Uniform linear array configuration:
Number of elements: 8
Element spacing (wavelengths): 0.75
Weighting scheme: hamming
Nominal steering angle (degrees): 45
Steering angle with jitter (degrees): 45.167
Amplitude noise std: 0.05
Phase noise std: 0.05

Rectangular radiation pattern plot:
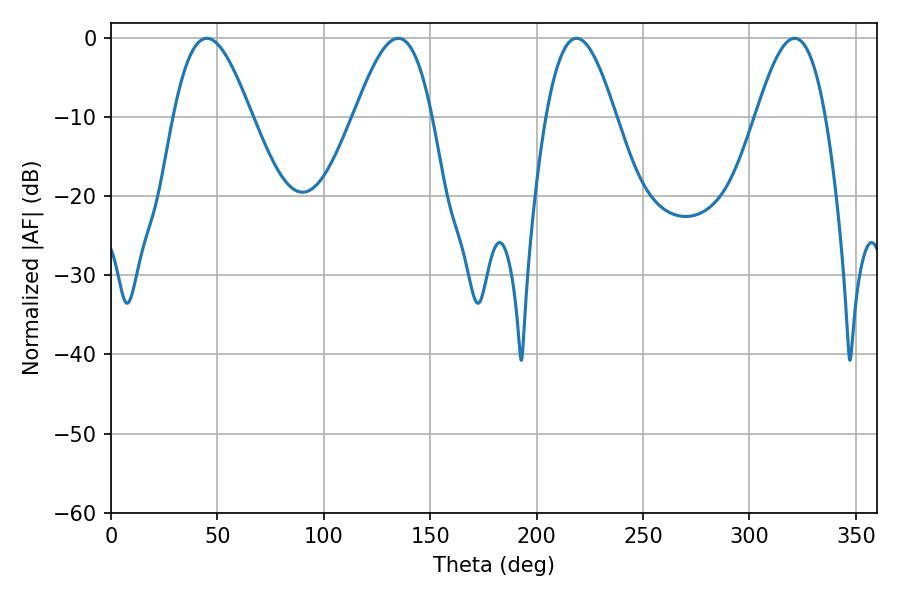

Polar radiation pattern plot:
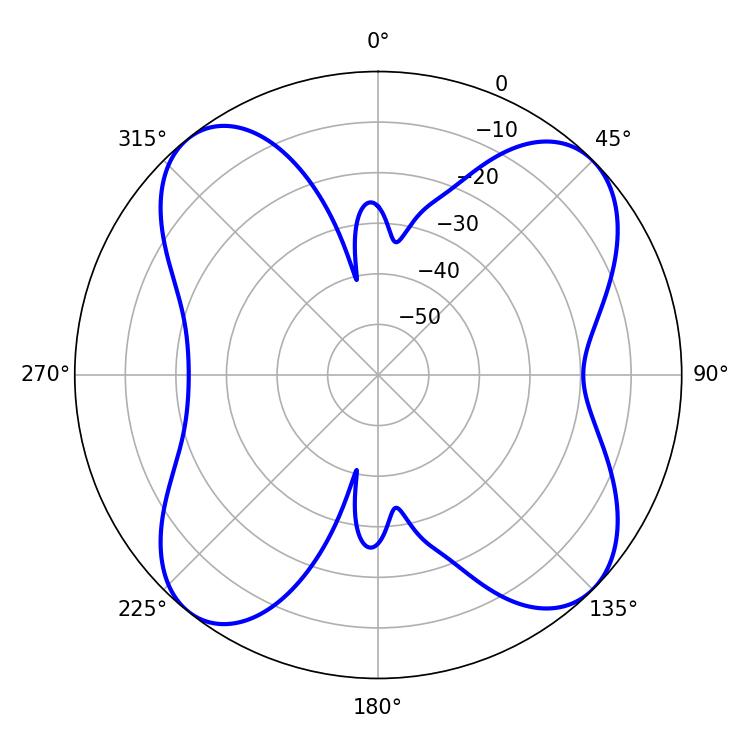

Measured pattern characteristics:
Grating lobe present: TRUE
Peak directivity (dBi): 12.449
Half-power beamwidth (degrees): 19.62
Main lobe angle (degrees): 45